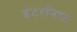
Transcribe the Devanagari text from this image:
इंटरनिस्ट